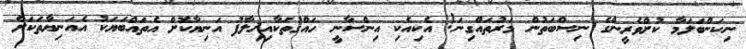
ނިކަންބަލަމާ ކުށްވެރީންގެ ނިސްބަތުން މަރުތައްގިނަ! އެކިއެކި އިންސާނީ ހައްޤުތަކާއިޚިލާފު އަނިޔާކޮށް އެތައްބަޔަކު އެއަނިޔާތަކަށް